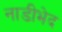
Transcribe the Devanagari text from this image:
नाडीभेद